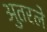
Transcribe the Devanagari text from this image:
अुतरले